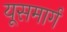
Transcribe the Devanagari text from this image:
यूसमार्ग